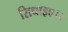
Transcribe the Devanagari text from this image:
सिधाइए।।